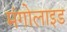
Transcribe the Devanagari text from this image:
मंगोलाइड